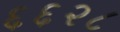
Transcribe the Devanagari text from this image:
६६२८